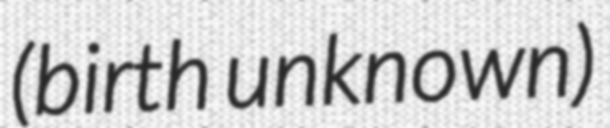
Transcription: (birth unknown)